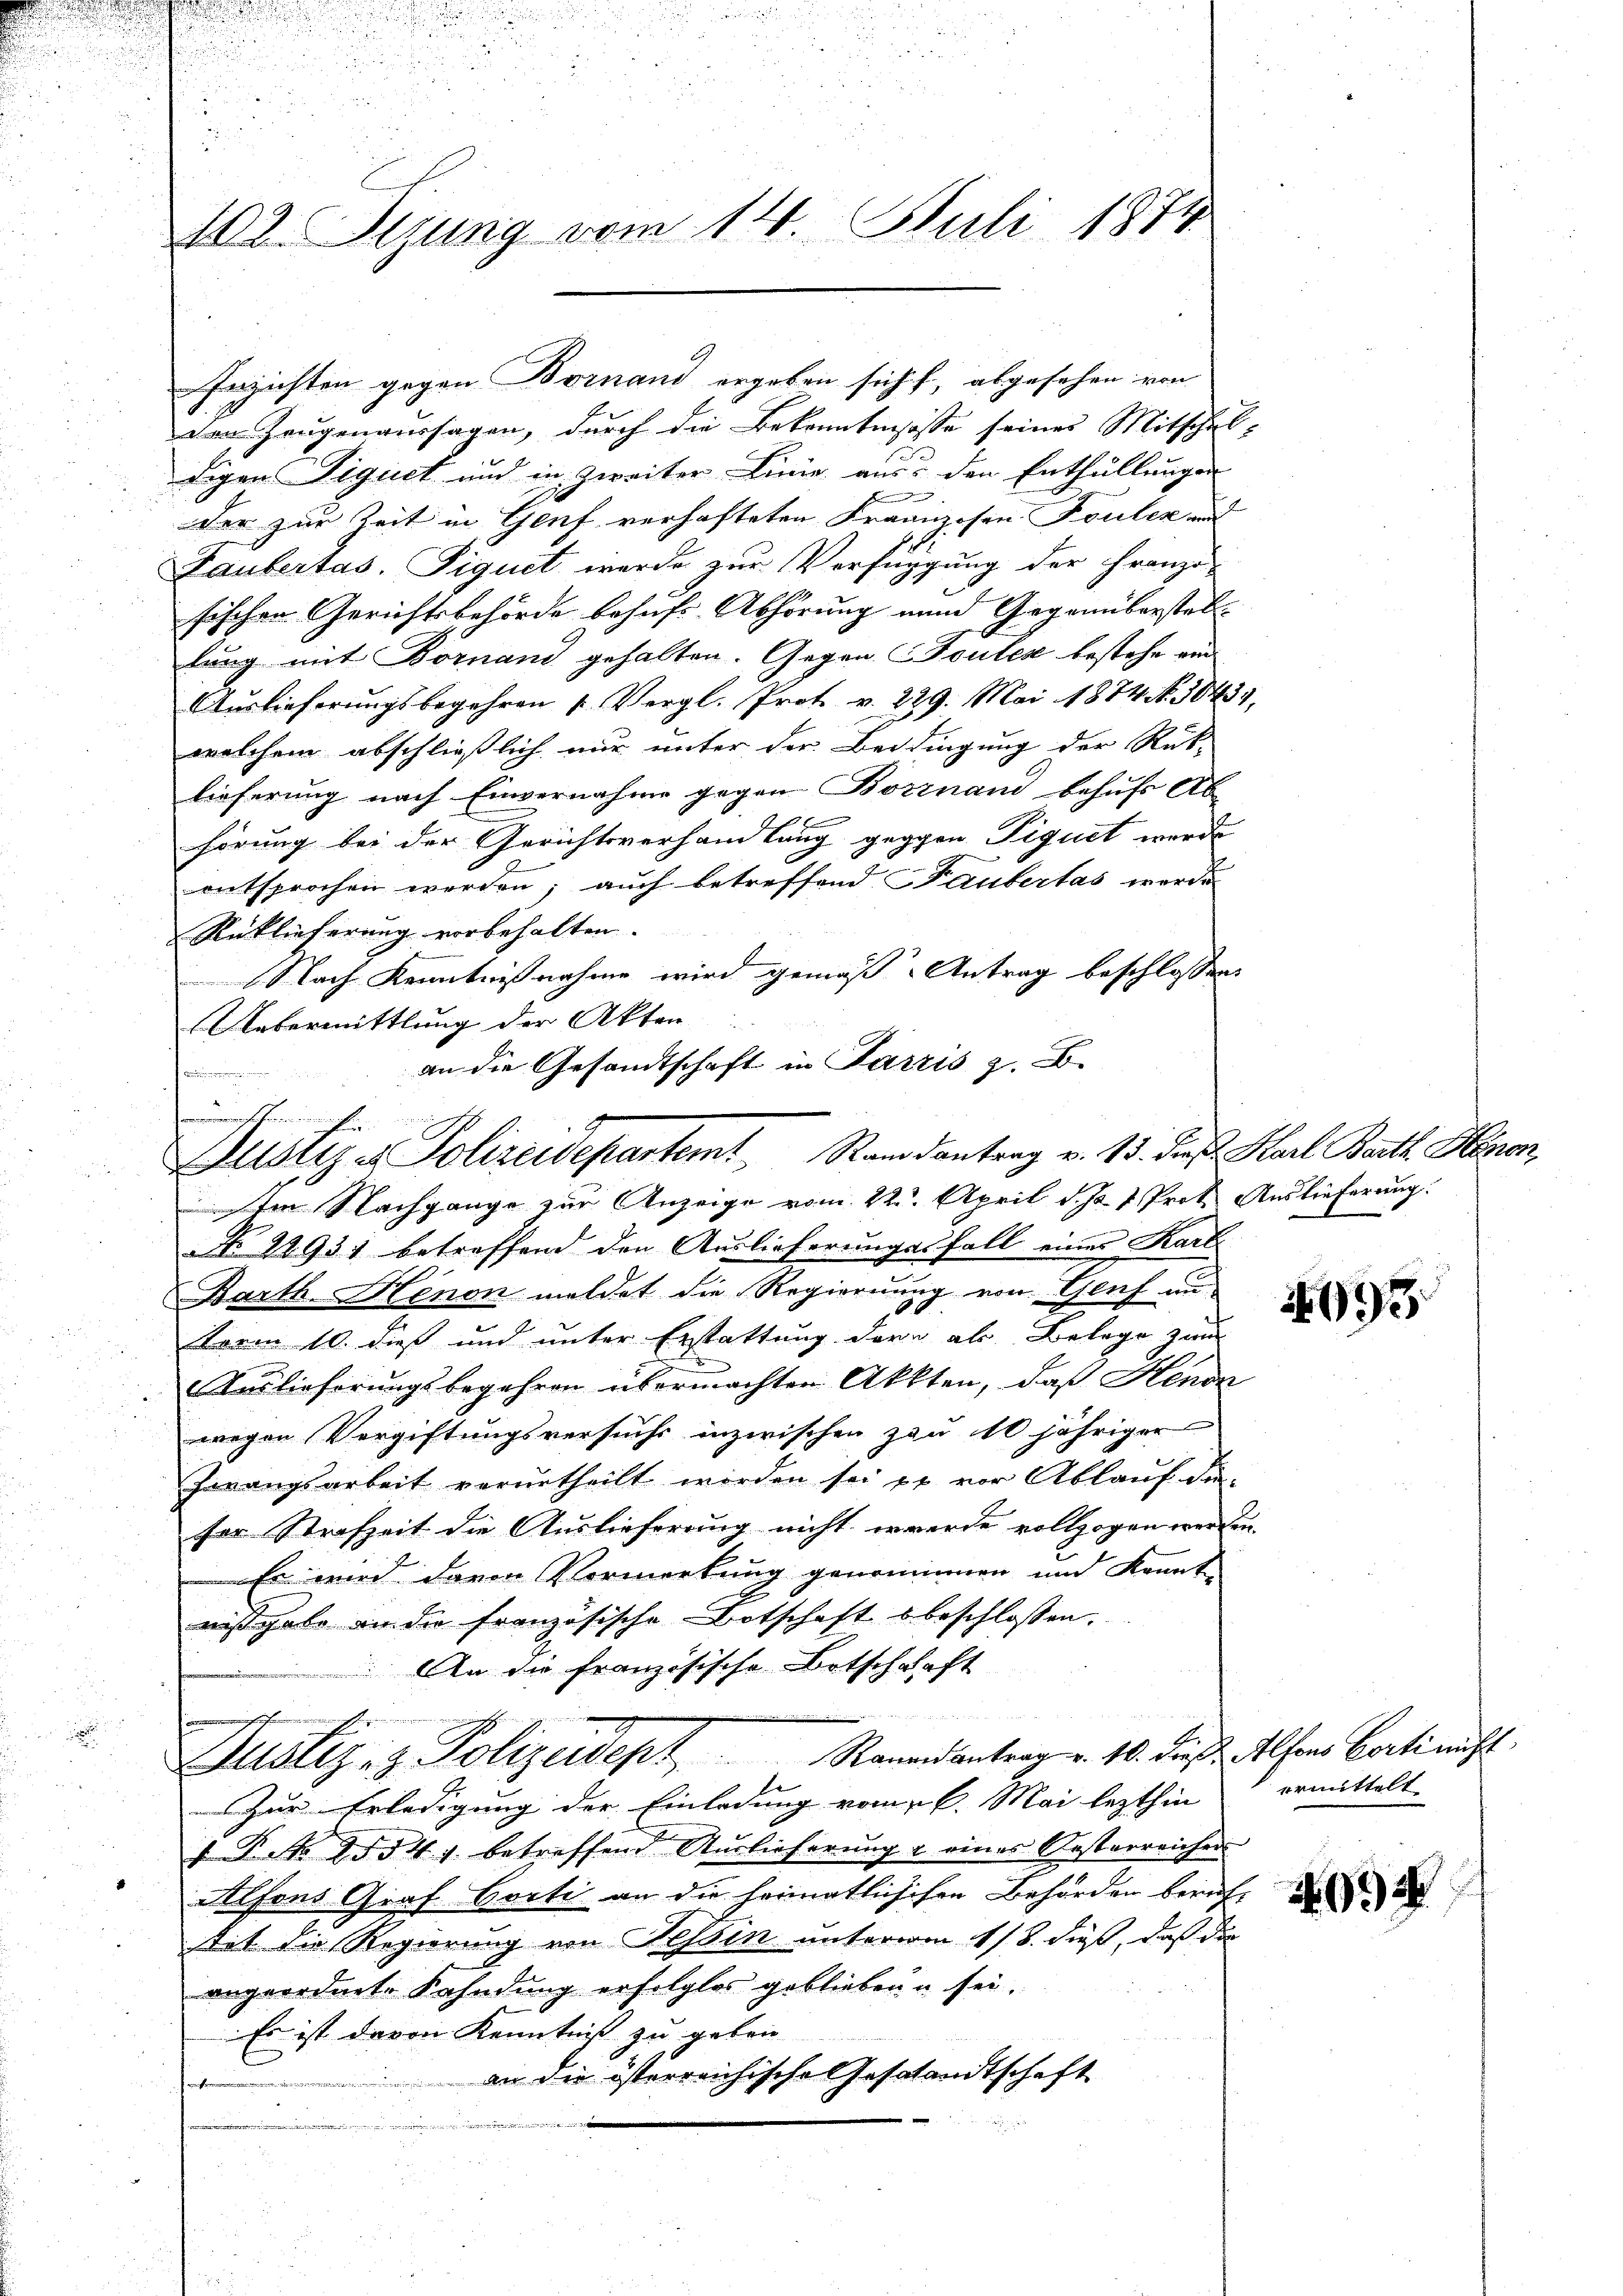
d

den Zeugenaussagen, durch die Bekanntnisse seines Mitscheldigen Tiguet und in Zweiter Linie aus den Enthüllungen
2
der zur Zeit in Genf verhafteten Fraanzosen Fouler und
Taubertas, Figuet wurde zur Verfügung der Franzos
sischen Gerichtsbehörde behufs Abhörung und Gegenüberstel- |
lung mit Bornand gehalten. Gegen Touten bestehe ein
Auslieferungsbegehren u. Vergl. Prot. v. 229. Mai 1874. No. 58431,
welchem abschließlich nur unter der Beidingung der Rück-
lieferung nach Einvernahme gegen Bozinand behufs Ab-
hörung bei der Gerichtsverhandlung gegen Piquet werde
entsprochen werden; auch betreffend Taubertas werde
Rücklieferung vorbehalten.
Nach Kenntnißnahme wird gemäß Antrag beschlossen:
Uebermittlung der Akten
an die Gesandtschaft in Parzis z. B.
fammer

s

.
102. Sizung vom 14. Juli 1873

Inzichten gegen Bornand ergeben sicht, abgesehen von

anstan
Justiz - Polizeidepartem Randantrag v. 13. Daß Karl Bartl. Hon

Im Nachgange zur Anzeige vom 22. April d. Js. 1 Prot. Auslieferung
No 1293) betreffend den Auslieferungsfall eines Karl
Barth. Henon meldet die Regierung von Genf un
e
Ferm 10. dieß und unter Erstattung dern als Belege zum
Auslieferungsbegehren übermachten Akten, daß Henda
wegen Vergiftungsversuchs inzwischen zu 10 jähriger
Irrangsarbeit verurtheilt worden sei pr vor Ablauf die-
ser Strafzeit die Auslieferung nicht werde vollzogen werden.
Es wird davon Vormerkung genommen und konnt
nisgabe an die französische Botschaft beschlossen.
An die französische Botschaft
Justiz- & Polizeidept. Randantrag v. 18. dieß. Alser Bartinist
Zur Erledigung der Einladung vom 6. Mai lezthin
 P. No 2554. 1. betreffend Auslieferung u eines Oesterreichen
Alfons Graf Corti an die heimatlichisen Behörden beruf-
tat die Regierung von Tessin unterem 1/8. dieß, daß die
angeordnete Kahndung erfolglos geblieben u sei.
Es ist davon Kenntniß zu geben
an die österreichische Gesatandtschaft
verschen

1695

ermittelt

2